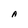
Character: A